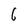
Character: 6